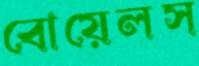
বোয়েলস